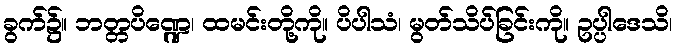
ခွက်၌။ ဘတ္တပိဏ္ဍေ၊ ထမင်းတို့ကို။ ပိပါသံ၊ မွတ်သိပ်ခြင်းကို။ ဥပ္ပါဒေသိ၊